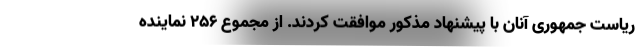
ریاست جمهوری آنان با پیشنهاد مذکور موافقت کردند. از مجموع ۲۵۶ نماینده